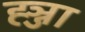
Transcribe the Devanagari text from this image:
ह्ञ्जा